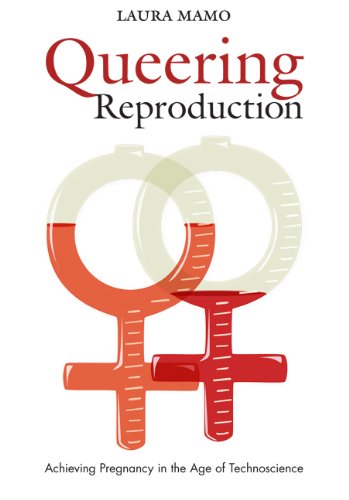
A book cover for Queering Reproduction: Achieving Pregnancy in the Age of Technoscience; Laura Mamo; Gay & Lesbian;